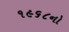
૧૯૬૮નો